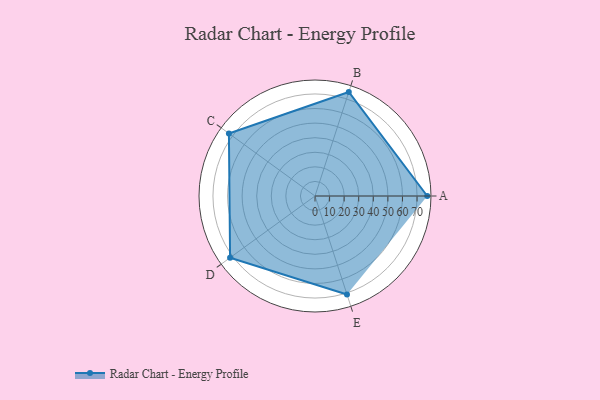
{"axis": {"x": "Skill", "y": "Score"}, "legend": ["Profile"], "data": [{"x": "A", "y": 77.0, "type": "Profile"}, {"x": "B", "y": 75.0, "type": "Profile"}, {"x": "C", "y": 73.0, "type": "Profile"}, {"x": "D", "y": 72.0, "type": "Profile"}, {"x": "E", "y": 71.0, "type": "Profile"}]}